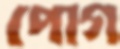
পোগ